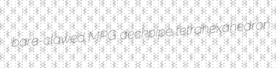
bare-clawed MPG deckpipe tetrahexahedron